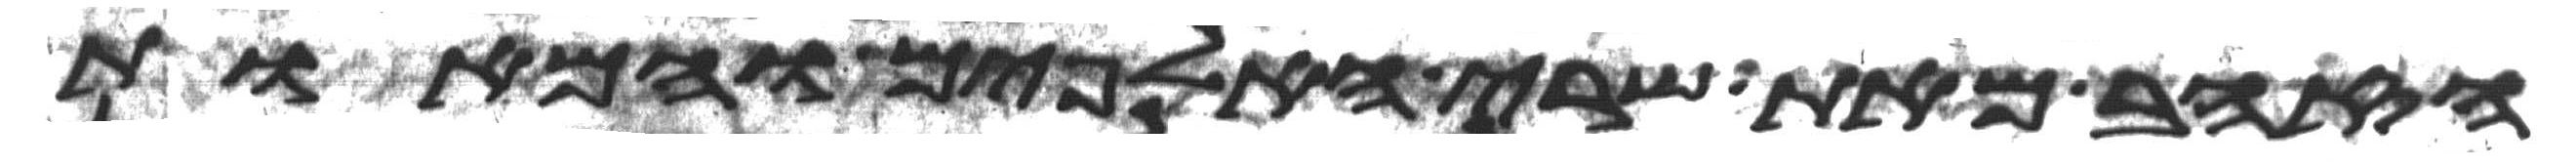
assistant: הזהב מאת שרי האלפים והמאות